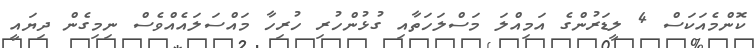
ކޮންމެއަކަސް 4 ލީޑަރުންގެ އަމިއްލަ މަސްލަހަތާއި ގުޅުންހުރި ހުރިހާ މައްސަލައެއްވެސް ނިމިގެން ދިޔައީ